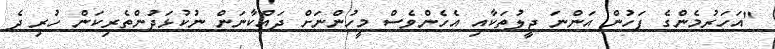
"އަހަރުމެންގެ ފަހުން އަންނަ ޖީލުތަކާއި އެހެންވެސް މީހުންނަށް ދައްކާނަން ނުކުޅަދުންތެރިކަން ހުރި ދެ